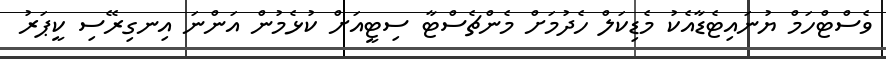
ވެސްޓްހަމް ޔުނައިޓެޑާއެކު މެޑިކަލް ހެދުމަށް މެންޗެސްޓާ ސިޓީއަށް ކުޅެމުން އަންނަ އިނގިރޭސި ކީޕަރު